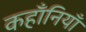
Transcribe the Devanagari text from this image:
कहाँनियाँ